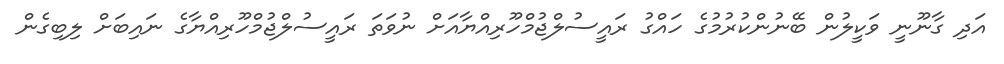
އަދި ގާނޫނީ ވަކީލުން ބޭނުންކުރުމުގެ ހައްގު ރައީސުލްޖުމްހޫރިއްޔާއަށް ނުވަތަ ރައީސުލްޖުމްހޫރިއްޔާގެ ނައިބަށް ލިބިގެން